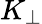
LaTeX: K_{\perp}